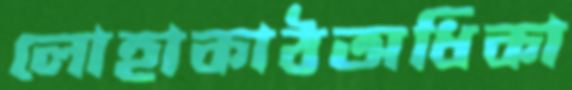
লোহাকাঠঅধিকা